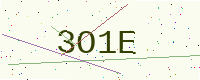
Text: 3O1E